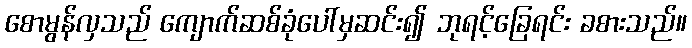
စောမွန်လှသည် ကျောက်ဆစ်ခုံပေါ်မှဆင်း၍ ဘုရင့်ခြေရင်း ခစားသည်။